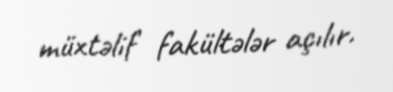
müxtəlif fakültələr açılır.